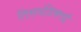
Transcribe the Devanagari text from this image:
तिरुदंडिकराई